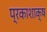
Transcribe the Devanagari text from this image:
प्रकाशाक्ष